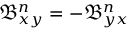
\mathfrak { B } _ { x y } ^ { n } = - \mathfrak { B } _ { y x } ^ { n }